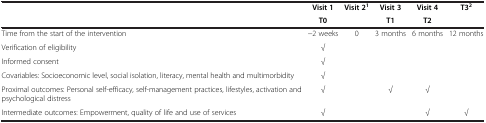
<table><thead><tr><td rowspan="2"><b> </b></td><td><b>Visit 1</b></td><td><b>Visit 2<sup>1</sup></b></td><td><b>Visit 3</b></td><td><b>Visit 4</b></td><td><b>T3<sup>2</sup></b></td></tr><tr><td><b>T0</b></td><td><b> </b></td><td><b>T1</b></td><td><b>T2</b></td><td><b> </b></td></tr></thead><tbody><tr><td>Time from the start of the intervention</td><td>−2 weeks</td><td>0</td><td>3 months</td><td>6 months</td><td>12 months</td></tr><tr><td>Verification of eligibility</td><td>√</td><td> </td><td> </td><td> </td><td> </td></tr><tr><td>Informed consent</td><td>√</td><td> </td><td> </td><td> </td><td> </td></tr><tr><td>Covariables: Socioeconomic level, social isolation, literacy, mental health and multimorbidity</td><td>√</td><td> </td><td> </td><td> </td><td> </td></tr><tr><td>Proximal outcomes: Personal self-efficacy, self-management practices, lifestyles, activation and psychological distress</td><td>√</td><td> </td><td>√</td><td>√</td><td> </td></tr><tr><td>Intermediate outcomes: Empowerment, quality of life and use of services</td><td>√</td><td> </td><td> </td><td>√</td><td>√</td></tr></tbody></table>